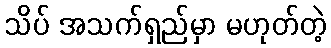
သိပ် အသက်ရှည်မှာ မဟုတ်တဲ့